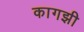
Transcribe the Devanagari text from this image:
कागझी